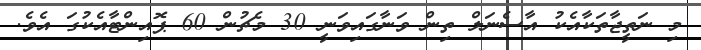
މި ނަތީޖާތަކާއެކު އާސެނަލް ތިން ވަނާގައިވަނީ 30 މެޗުން 60 ޕޮއިންޓާއެކުގަ އެވެ.